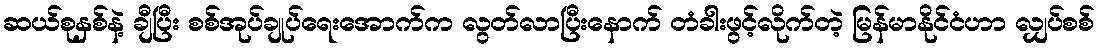
ဆယ်စုနှစ်နဲ့ ချီပြီး စစ်အုပ်ချုပ်ရေးအောက်က လွတ်လာပြီးနောက် တံခါးဖွင့်လိုက်တဲ့ မြန်မာနိုင်ငံဟာ လျှပ်စစ်